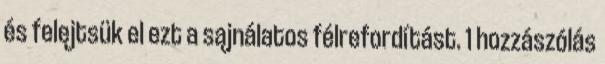
és felejtsük el ezt a sajnálatos félrefordítást. 1 hozzászólás